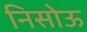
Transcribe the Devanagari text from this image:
निसोऊ